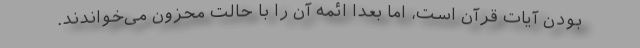
بودن آیات قرآن است، اما بعداً ائمه آن را با حالت محزون می‌خواندند.